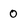
Character: 0